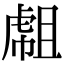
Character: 𧇇